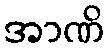
အာဏိ